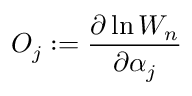
O _ { j } : = \frac { \partial \ln W _ { n } } { \partial \alpha _ { j } }